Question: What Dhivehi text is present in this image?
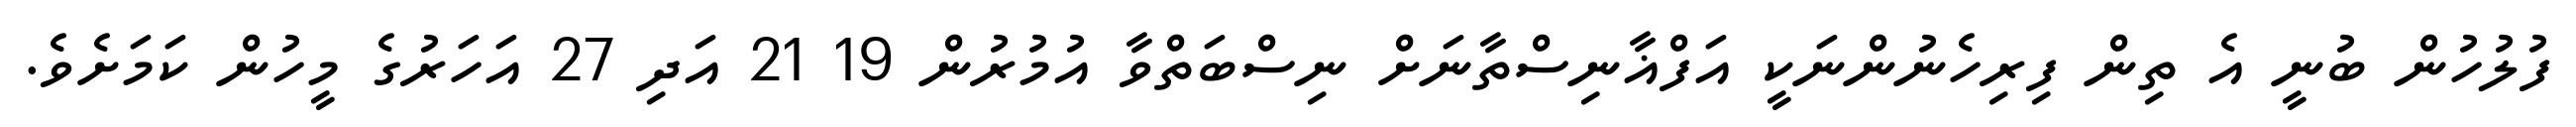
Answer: ފުލުހުން ބުނީ އެ ތިން ފިރިހެނުންނަކީ އަފްޣާނިސްތާނަށް ނިސްބަތްވާ އުމުރުން 19 21 އަދި 27 އަހަރުގެ މީހުން ކަމަށެވެ.